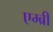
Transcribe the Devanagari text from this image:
एम्ब्री